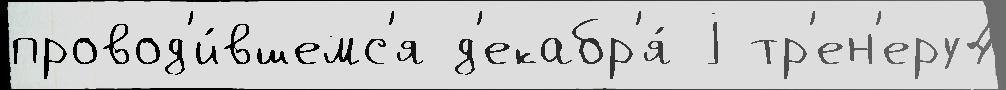
провод'и́вшемс'я д'екабр'я́ j тр'ен'еру4